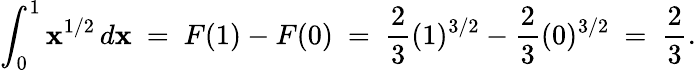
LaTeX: \int_{0}^{1}\mathbf{x}^{1/2}\, d\mathbf{x}\ =\ F(1)-F(0)\ =\ {\frac{{2}}{{3}}}(1)^{3/2}-{\frac{{2}}{{3}}}(0)^{3/2}\ =\ {\frac{{2}}{{3}}}.